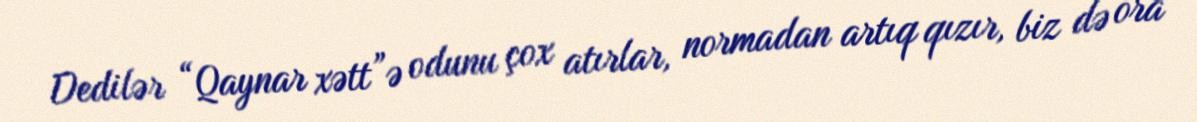
Dedilər “Qaynar xətt”ə odunu çox atırlar, normadan artıq qızır, biz də ora